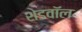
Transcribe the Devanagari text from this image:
शेडवॉल